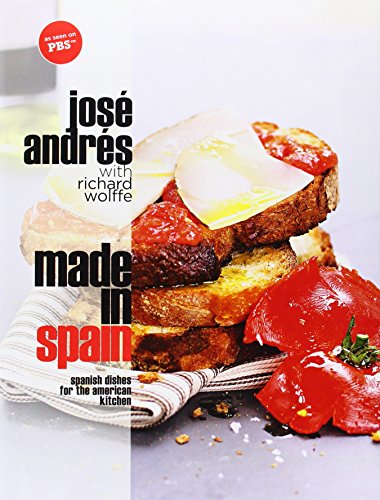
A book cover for Made in Spain: Spanish Dishes for the American Kitchen; Jose Andres; Cookbooks, Food & Wine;